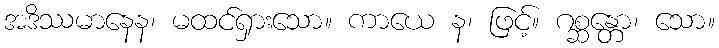
အဒိဿမာနေန၊ မထင်ရှားသော။ ကာယေ န၊ ဖြင့်။ ဂစ္ဆန္တော၊ သော။